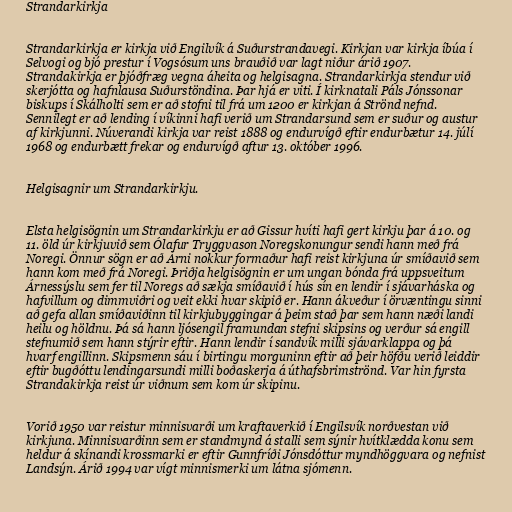
Strandarkirkja

Strandarkirkja er kirkja við Engilvík á Suðurstrandavegi. Kirkjan var kirkja íbúa í
Selvogi og bjó prestur í Vogsósum uns brauðið var lagt niður árið 1907.
Strandakirkja er þjóðfræg vegna áheita og helgisagna. Strandarkirkja stendur við
skerjótta og hafnlausa Suðurstöndina. Þar hjá er viti. Í kirknatali Páls Jónssonar
biskups í Skálholti sem er að stofni til frá um 1200 er kirkjan á Strönd nefnd.
Sennilegt er að lending í víkinni hafi verið um Strandarsund sem er suður og austur
af kirkjunni. Núverandi kirkja var reist 1888 og endurvígð eftir endurbætur 14. júlí
1968 og endurbætt frekar og endurvígð aftur 13. október 1996.

Helgisagnir um Strandarkirkju.

Elsta helgisögnin um Strandarkirkju er að Gissur hvíti hafi gert kirkju þar á 10. og
11. öld úr kirkjuvið sem Ólafur Tryggvason Noregskonungur sendi hann með frá
Noregi. Önnur sögn er að Árni nokkur formaður hafi reist kirkjuna úr smíðavið sem
hann kom með frá Noregi. Þriðja helgisögnin er um ungan bónda frá uppsveitum
Árnessýslu sem fer til Noregs að sækja smíðavið í hús sín en lendir í sjávarháska og
hafvillum og dimmviðri og veit ekki hvar skipið er. Hann ákveður í örvæntingu sinni
að gefa allan smíðaviðinn til kirkjubyggingar á þeim stað þar sem hann næði landi
heilu og höldnu. Þá sá hann ljósengil framundan stefni skipsins og verður sá engill
stefnumið sem hann stýrir eftir. Hann lendir í sandvík milli sjávarklappa og þá
hvarf engillinn. Skipsmenn sáu í birtingu morguninn eftir að þeir höfðu verið leiddir
eftir bugðóttu lendingarsundi milli boðaskerja á úthafsbrimströnd. Var hin fyrsta
Strandakirkja reist úr viðnum sem kom úr skipinu.

Vorið 1950 var reistur minnisvarði um kraftaverkið í Engilsvík norðvestan við
kirkjuna. Minnisvarðinn sem er standmynd á stalli sem sýnir hvítklædda konu sem
heldur á skínandi krossmarki er eftir Gunnfríði Jónsdóttur myndhöggvara og nefnist
Landsýn. Árið 1994 var vígt minnismerki um látna sjómenn.